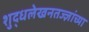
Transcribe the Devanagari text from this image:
शुद्धलेखनतज्ज्ञांच्या